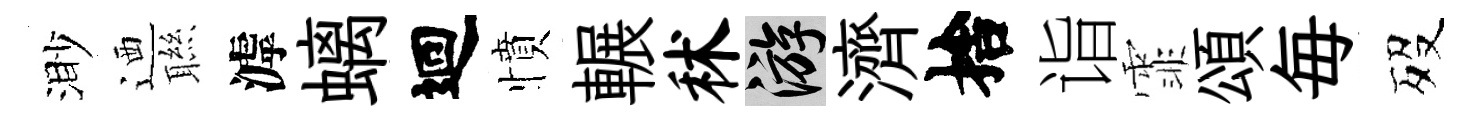
渺迺聮滹螭迴憤輾秫游濟捨诣霏頌毎歿